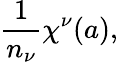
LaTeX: {\frac{1}{n_{\nu}}}\chi^{\nu}(a),